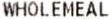
WHOLEMEAL